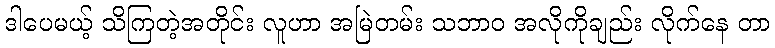
ဒါပေမယ့် သိကြတဲ့အတိုင်း လူဟာ အမြဲတမ်း သဘာဝ အလိုကိုချည်း လိုက်နေ တာ